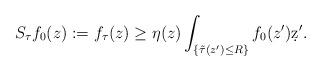
LaTeX: \begin{align*} S_\tau f_0 (z):= f_\tau (z)\geq \eta (z) \int_{\{\tilde \tau (z') \leq R\}} f_0 (z') \d z' .\end{align*}